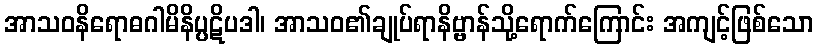
အာသဝနိရောဓဂါမိနိပ္ပဋိပဒါ၊ အာသဝ၏ချုပ်ရာနိဗ္ဗာန်သို့ရောက်ကြောင်း အကျင့်ဖြစ်သော